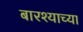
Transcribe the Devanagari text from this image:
बारश्याच्या